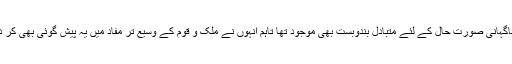
اگرچہ شیخ رشید جیسے سرد گرم چشیدہ سیاست دان نے اشارہ دیا ہے کہ کسی ناگہانی صورت حال کے لئے متبادل بندوبست بھی موجود تھا تاہم انہوں نے ملک و قوم کے وسیع تر مفاد میں یہ پیش گوئی بھی کر دی ہے کہ حزب اختلاف مجوزہ قانون سازی کے حق میں بخوشی ووٹ دے گی۔